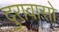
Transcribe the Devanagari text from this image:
दुरावासो